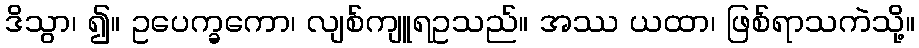
ဒိသွာ၊ ၍။ ဥပေက္ခကော၊ လျစ်ကျူရဥသည်။ အဿ ယထာ၊ ဖြစ်ရာသကဲသို့။